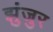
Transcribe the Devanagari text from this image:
झुंजुर